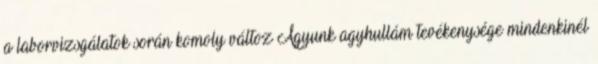
a laborvizsgálatok során komoly változ Agyunk agyhullám tevékenysége mindenkinél